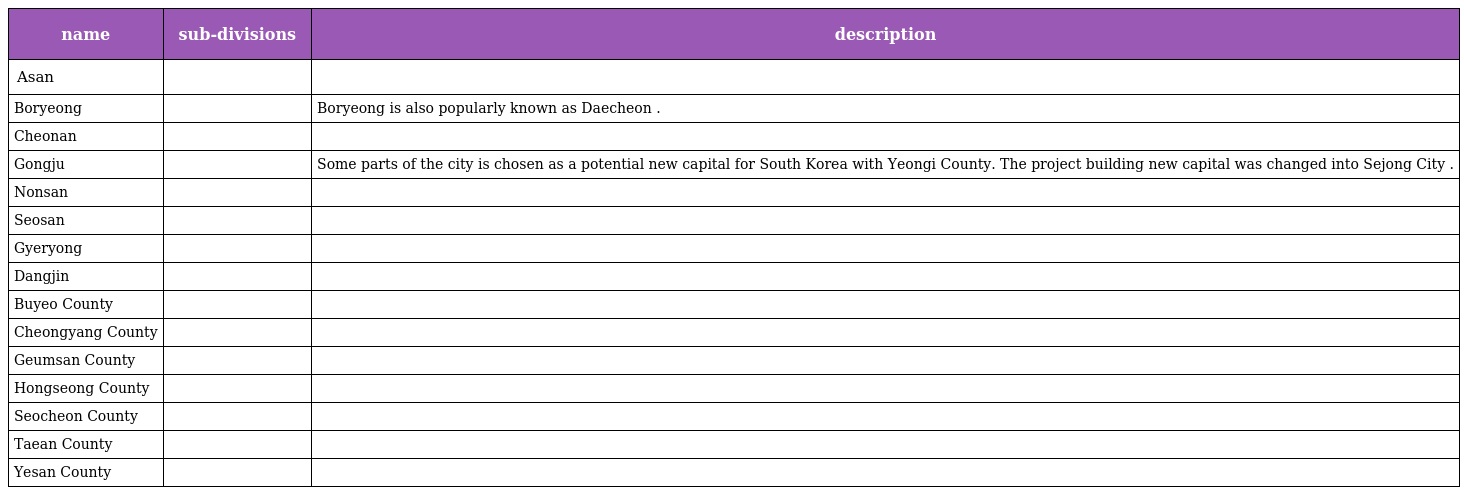
| name | sub-divisions | description |
 | --- | --- | --- |
 | Asan |  |  |
 | Boryeong |  | Boryeong is also popularly known as Daecheon . |
 | Cheonan |  |  |
 | Gongju |  | Some parts of the city is chosen as a potential new capital for South Korea with Yeongi County. The project building new capital was changed into Sejong City . |
 | Nonsan |  |  |
 | Seosan |  |  |
 | Gyeryong |  |  |
 | Dangjin |  |  |
 | Buyeo County |  |  |
 | Cheongyang County |  |  |
 | Geumsan County |  |  |
 | Hongseong County |  |  |
 | Seocheon County |  |  |
 | Taean County |  |  |
 | Yesan County |  |  |